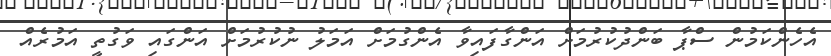
އެހެންކަމުން ސްޕާ ބަންދުކުރުމަށް އަންގާފައިވާ އެންގުމަށް އަމަލު ނުކުރުމަށް އަންގައި ވަގުތީ އަމުރެއް